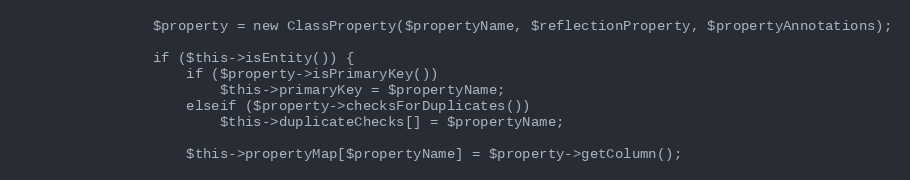
Language: PHP
				$property = new ClassProperty($propertyName, $reflectionProperty, $propertyAnnotations);

				if ($this->isEntity()) {
					if ($property->isPrimaryKey())
						$this->primaryKey = $propertyName;
					elseif ($property->checksForDuplicates())
						$this->duplicateChecks[] = $propertyName;

					$this->propertyMap[$propertyName] = $property->getColumn();